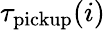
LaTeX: \tau_{\mathrm{pickup}}(i)